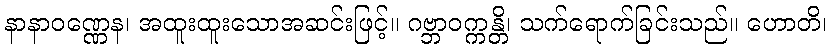
နာနာဝဏ္ဏေန၊ အထူးထူးသောအဆင်းဖြင့်။ ဂဗ္ဘာဝက္ကန္တိ၊ သက်ရောက်ခြင်းသည်။ ဟောတိ၊